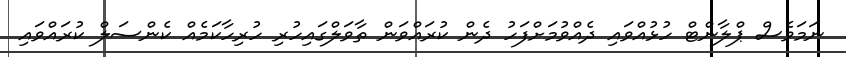
ނަމަވެސް ޕްލާންޓް ހުޅުއްވައި ދެއްވުމަށްފަހު ދެން ކުރައްވަން ތާވަލްގައިހުރި ހުރިހާކަމެއް ކެންސަލް ކުރައްވައި